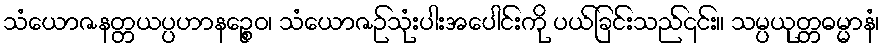
သံယောဇနတ္တယပ္ပဟာနဉ္စေဝ၊ သံယောဇဉ်သုံးပါးအပေါင်းကို ပယ်ခြင်းသည်၎င်း။ သမ္ပယုတ္တဓမ္မာနံ၊